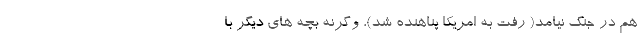
هم در جنگ نیامد( رفت به امریکا پناهنده شد)، وگرنه بچه های دیگر با